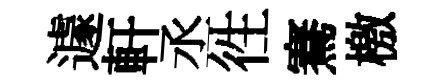
遽軒丞徃騫檄